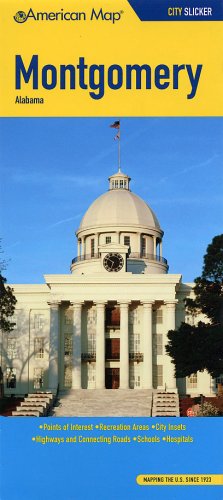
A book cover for American Map Montgomery, Al Slicker; Travel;